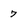
Character: 7